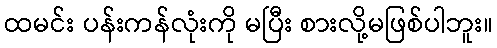
ထမင်း ပန်းကန်လုံးကို မပြီး စားလို့မဖြစ်ပါဘူး။